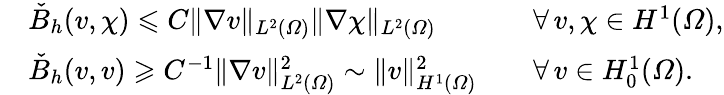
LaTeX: \begin{array}{r}{\begin{array}{rlrl}&{\check{B}_{h}(v,\chi)\leqslant C\| \nabla v\| _{L^{2}(\varOmega)}\| \nabla\chi\| _{L^{2}(\varOmega)}}&&{\forall\, v,\chi\in H^{1}(\varOmega),}\\ &{\check{B}_{h}(v,v)\geqslant C^{-1}\| \nabla v\| _{L^{2}(\varOmega)}^{2}\sim\| v\| _{H^{1}(\varOmega)}^{2}}&&{\forall\, v\in H_{0}^{1}(\varOmega).}\end{array}}\end{array}